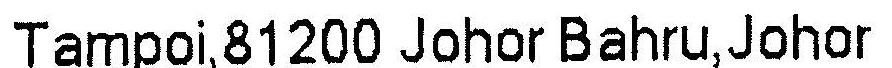
TAMPOI,81200 JOHOR BAHRU,JOHOR